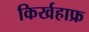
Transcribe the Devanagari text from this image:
किर्खहाफ्र